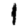
Digit: 1